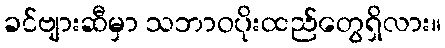
ခင်ဗျားဆီမှာ သဘာဝပိုးထည်တွေရှိလား။